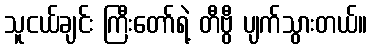
သူငယ်ချင်း ကြီးတော်ရဲ့ တီဗွီ ပျက်သွားတယ်။